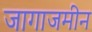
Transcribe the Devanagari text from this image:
जागाजमीन